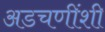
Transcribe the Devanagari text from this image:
अडचणींशी